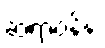
ဆရာဝန်နဲ့